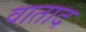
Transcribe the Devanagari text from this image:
वाताद